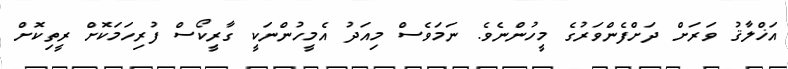
އަޚްލާޤު ވަރަށް ދަށްފެންވަރުގެ މީހުންނެވެ. ނަމަވެސް މިއަދު އެމީހުންނަކީ ގާރީކޯސް ފުރިހަމަކޮށް ރީތިކޮށް